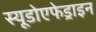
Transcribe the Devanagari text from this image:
स्यूडोएफेड्राइन